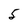
Character: 5